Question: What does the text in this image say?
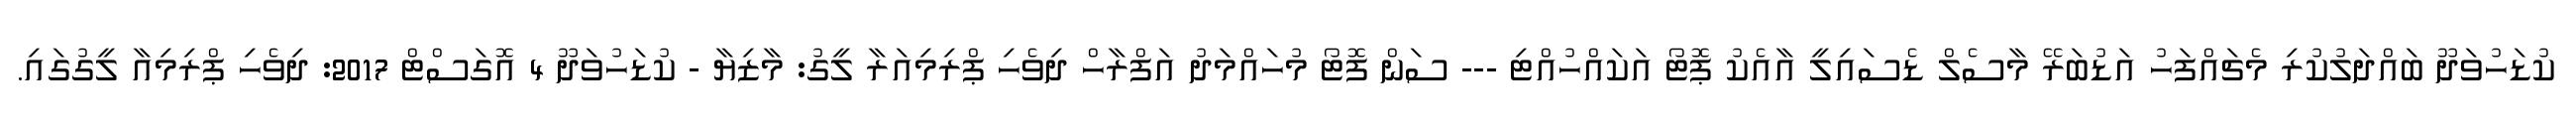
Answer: ކުޑަހުވަދޫ ބައްދަލުކުރި މެޗައްފަހު އަޑުބަރޭ މާސެލް ޑެސައިލީ އާއެކު ޕޮޓޯ އަކައްހުއްޓި --- ސަން ފޮޓޯ މުހައްމަދު އަފްރާހް ދިވެހި ޕްރިމިއަރާ ލީގު: މާޒިޔާ - ކުޑަހުވަދޫ 4 އޮގަސްޓް 2017: ދިވެހި ޕްރިމިއާ ލީގުގައި.